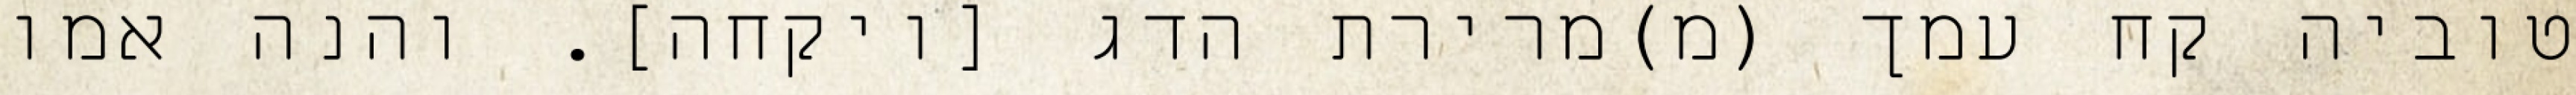
טוביה קח עמך (מ)מרירת הדג [ויקחה]. והנה אמו